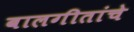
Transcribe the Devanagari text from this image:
बालगीतांचे